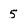
Character: 5